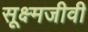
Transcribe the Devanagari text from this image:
सूक्ष्‍मजीवी